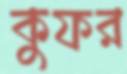
কুফর